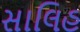
સાલિહ